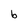
Character: b